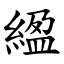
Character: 䋼